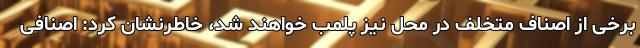
برخی از اصناف متخلف در محل نیز پلمب خواهند شد، خاطرنشان کرد: اصنافی